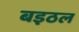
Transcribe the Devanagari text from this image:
बइठल